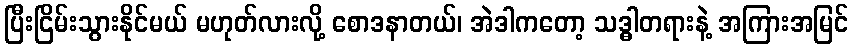
ပြီးငြိမ်းသွားနိုင်မယ် မဟုတ်လားလို့ စောဒနာတယ်၊ အဲဒါကတော့ သဒ္ဓါတရားနဲ့ အကြားအမြင်